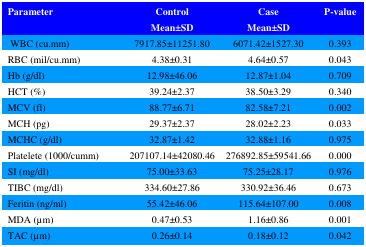
| Parameter | ControlMean±SD | CaseMean±SD | P-value |
 | --- | --- | --- | --- |
 | WBC (cu.mm) | 7917.85±11251.80 | 6071.42±1527.30 | 0.393 |
 | RBC (mil/cu.mm) | 4.38±0.31 | 4.64±0.57 | 0.043 |
 | Hb (g/dl) | 12.98±46.06 | 12.87±1.04 | 0.709 |
 | HCT (%) | 39.24±2.37 | 38.50±3.29 | 0.340 |
 | MCV (fl) | 88.77±6.71 | 82.58±7.21 | 0.002 |
 | MCH (pg) | 29.37±2.37 | 28.02±2.23 | 0.033 |
 | MCHC (g/dl) | 32.87±1.42 | 32.88±1.16 | 0.975 |
 | Platelete (1000/cumm) | 207107.14±42080.46 | 276892.85±59541.66 | 0.000 |
 | SI (mg/dl) | 75.00±33.63 | 75.25±28.17 | 0.976 |
 | TIBC (mg/dl) | 334.60±27.86 | 330.92±36.46 | 0.673 |
 | Feritin (ng/ml) | 55.42±46.06 | 115.64±107.00 | 0.008 |
 | MDA (μm) | 0.47±0.53 | 1.16±0.86 | 0.001 |
 | TAC (μm) | 0.26±0.14 | 0.18±0.12 | 0.042 |